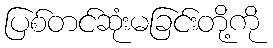
ပြစ်တင်ဆုံးမခြင်းတို့ကို